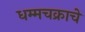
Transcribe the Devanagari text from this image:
धम्मचक्राचे